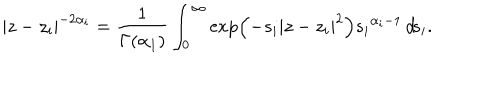
LaTeX: | z - z _ { i } | ^ { - 2 \alpha _ { i } } = \frac { 1 } { \Gamma ( \alpha _ { 1 } ) } \int _ { 0 } ^ { \infty } \exp \left( - s _ { i } | z - z _ { i } | ^ { 2 } \right) { s _ { i } } ^ { \alpha _ { i } - 1 } \, d \! s _ { i } .